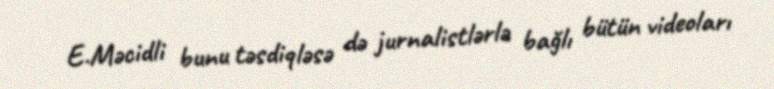
E.Məcidli bunu təsdiqləsə də jurnalistlərlə bağlı bütün videoları